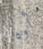
أوه